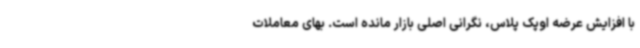
با افزایش عرضه اوپک پلاس، نگرانی اصلی بازار مانده است. بهای معاملات